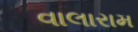
વાલારામ